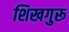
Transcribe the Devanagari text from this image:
शिखगुरू